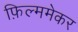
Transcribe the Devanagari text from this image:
फ़िल्ममेकर